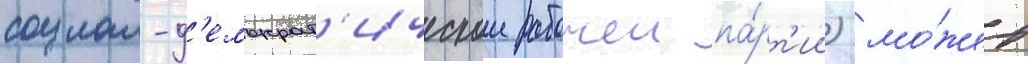
социал-д'емократ'ическои рабочеи па́рт'ии) мо́жет